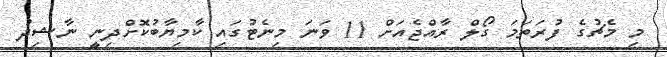
މި މެޗުގެ ފުރަތަމަ ގޯލް ރާއްޖެއަށް 11 ވަނަ މިނެޓުގައި ކާމިޔާބުކޮށްދިނީ ނާޝިދު